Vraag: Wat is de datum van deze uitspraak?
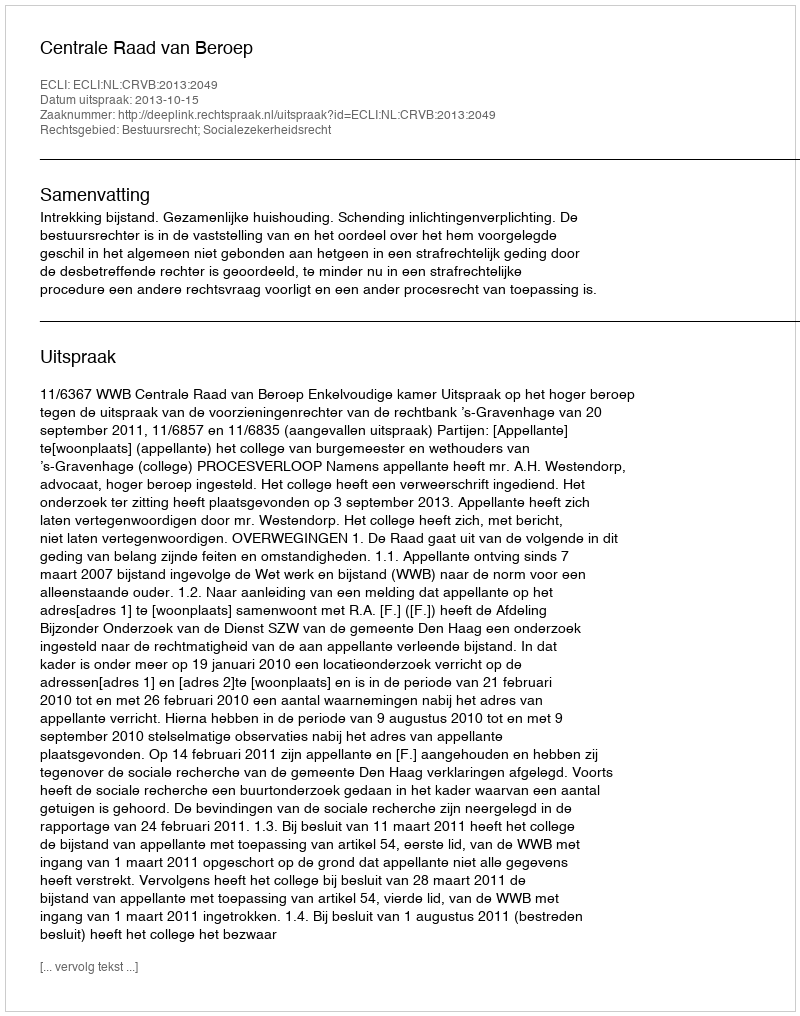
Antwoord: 2013-10-15